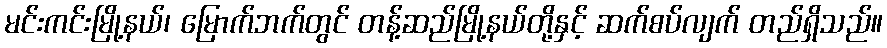
မင်းကင်းမြို့နယ်၊ မြောက်ဘက်တွင် တန့်ဆည်မြို့နယ်တို့နှင့် ဆက်စပ်လျက် တည်ရှိသည်။